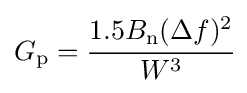
G_{\text{p}}={\cfrac {1.5B_{\text{n}}(\Delta f)^{2}}{W^{3}}}